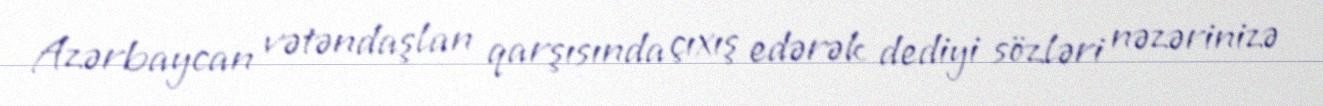
Azərbaycan vətəndaşlan qarşısında çıxış edərək dediyi sözləri nəzərinizə